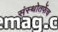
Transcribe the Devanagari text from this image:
संस्थोतर्फेच